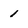
Character: 1